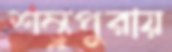
শম্ভুপুরায়